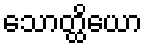
သောတ္ထိယော